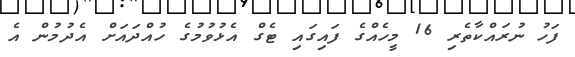
ފަހު ނުރައްކާތެރި 16 މީހެއްގެ ފައިގައި ޓެގް އެޅުވުމުގެ ހުއްދައަށް އެދުމުން އެ